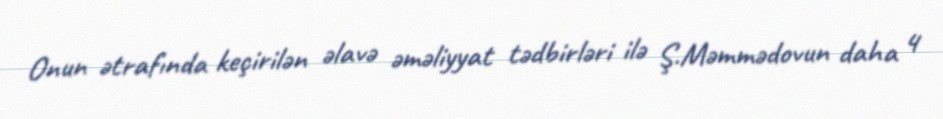
Onun ətrafında keçirilən əlavə əməliyyat tədbirləri ilə Ş.Məmmədovun daha 4